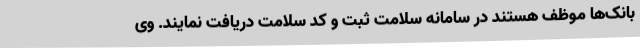
بانک‌ها موظف هستند در سامانه سلامت ثبت و کد سلامت دریافت نمایند. وی